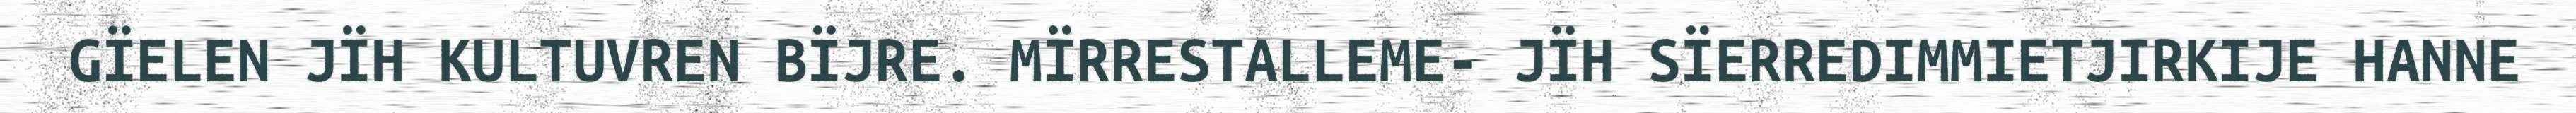
GÏELEN JÏH KULTUVREN BÏJRE. MÏRRESTALLEME- JÏH SÏERREDIMMIETJIRKIJE HANNE